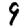
Digit: 9